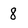
Character: 8